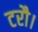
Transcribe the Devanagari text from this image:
टरौ।